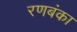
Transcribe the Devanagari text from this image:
रणबंका